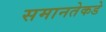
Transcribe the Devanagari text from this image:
समानतेकडे